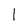
Character: l